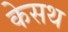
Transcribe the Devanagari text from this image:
केसथ